Civil Veterinary Dept. Bombay admin report 1923-31 - 1923-1931
Year: 1923
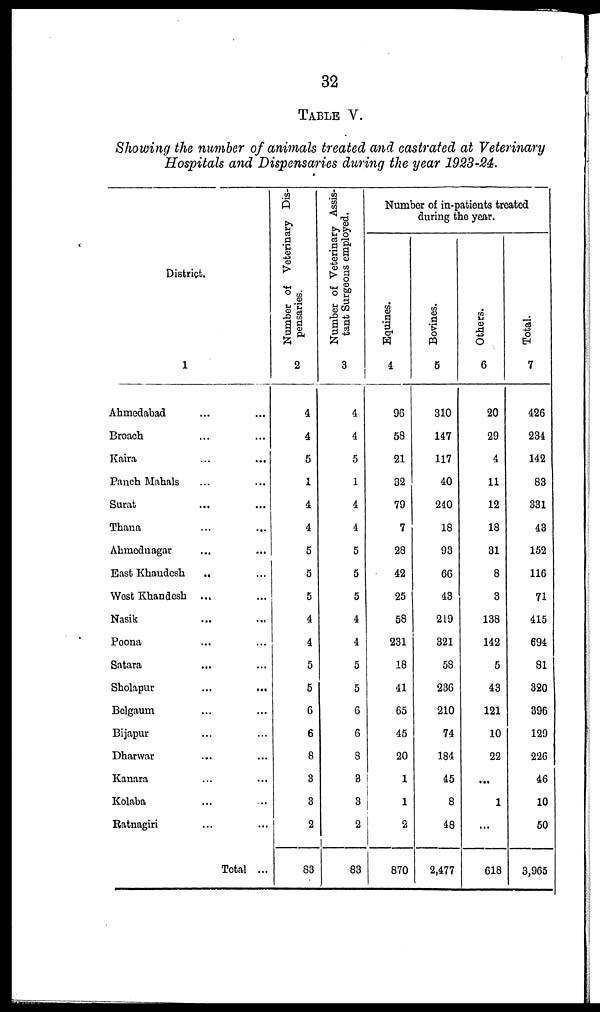
32
TABLE V.
Showing the number of animals treated and castrated at Veterinary
Hospitals and Dispensaries during the year 1923-24.
District.
1
Ahmedabad ... ...
Broach ... ...
Kaira ... ...
Panch Mahals ... ...
Surat ... ...
Thana ... ...
Ahmednagar ... ...
East Khandesh .. ...
West Khandesh ... ... ...
Nasik ...
Poona ... ...
Satara ... ...
Sholapur ... ...
Belgaum ... ...
Bijapur ... ...
Dharwar ... ...
Kanara ... ...
Kolaba ... ...
Ratnagiri ... ...
Total ...
Number of Veterinary Dis-
pensaries.
2
4
4
5
1
4
4
5
5
5
4
4
5
5
6
6
8
3
3
2
83
Number of Veterinary Assis-
tant Surgeons employed.
3
4
4
5
1
4
4
5
5
5
4
4
5
5
6
6
8
3
3
2
83
Number of in-patients treated
during the year.
Equines.
4
96
58
21
32
79
7
28
42
25
58
231
18
41
65
45
20
1
1
2
870
Bovines.
5
310
147
117
40
240
18
93
66
43
219
321
58
236
210
74
184
45
8
48
2,477
Others.
6
20
29
4
11
12
18
31
8
3
138
142
5
43
121
10
22
...
1
...
618
Total.
7
426
234
142
83
331
43
152
116
71
415
694
81
320
396
129
226
46
10
50
3,965